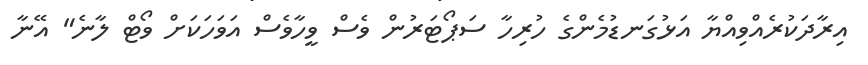
އިރާދަކުރެއްވިއްޔާ އަޅުގަނޑުމެންގެ ހުރިހާ ސަޕޯޓަރުން ވެސް ވީހާވެސް އަވަހަކަށް ވޯޓް ލާނެ" އޭނާ